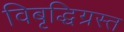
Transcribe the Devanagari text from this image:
विबृद्धिग्रस्त